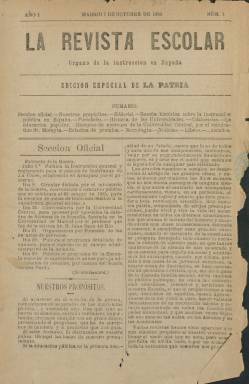
Título: La Revista escolar (Madrid)
Colección: Educación
Ámbito geográfico: Madrid
Lugar de publicación: Madrid
Fechas: 07/10/1884-28/12/1884